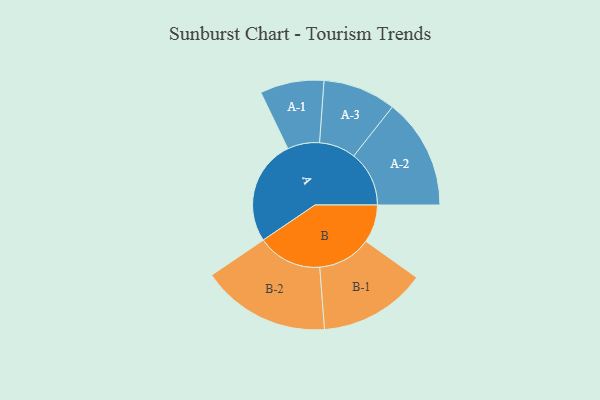
{"axis": {"x": "Segment", "y": "Value"}, "legend": ["", "A", "B"], "data": [{"x": "A", "y": 369, "type": ""}, {"x": "B", "y": 133, "type": ""}, {"x": "A-1", "y": 112, "type": "A"}, {"x": "A-2", "y": 194, "type": "A"}, {"x": "A-3", "y": 128, "type": "A"}, {"x": "B-1", "y": 188, "type": "B"}, {"x": "B-2", "y": 226, "type": "B"}]}